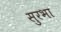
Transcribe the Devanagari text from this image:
सुरभा